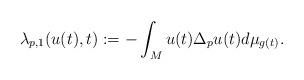
LaTeX: \begin{align*} \lambda_{p,1}(u(t), t) : = - \int_M u(t) \Delta_p u(t) d\mu_{g(t)}. \end{align*}